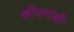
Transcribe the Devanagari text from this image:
बीसपंथी